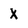
Character: X